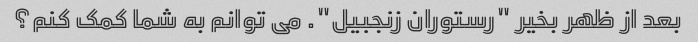
بعد از ظهر بخیر "رستوران زنجبیل". می توانم به شما کمک کنم؟